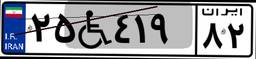
۲۵W۴۱۹۸۲